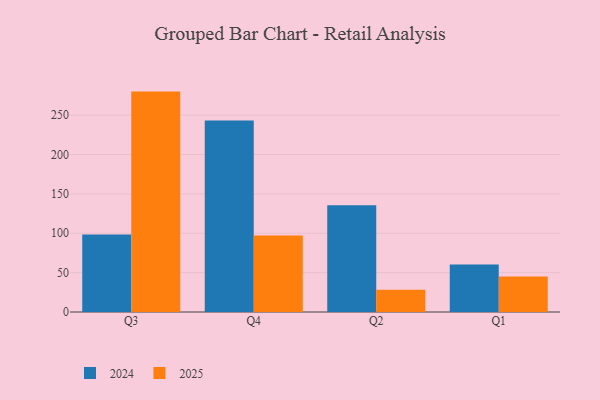
{"axis": {"x": "Quarter", "y": "Net Income (USD K)"}, "legend": ["2024", "2025"], "data": [{"x": "Q3", "y": 98.4, "type": "2024"}, {"x": "Q3", "y": 279.9, "type": "2025"}, {"x": "Q4", "y": 243.3, "type": "2024"}, {"x": "Q4", "y": 97.2, "type": "2025"}, {"x": "Q2", "y": 135.7, "type": "2024"}, {"x": "Q2", "y": 28.1, "type": "2025"}, {"x": "Q1", "y": 60.2, "type": "2024"}, {"x": "Q1", "y": 45.2, "type": "2025"}]}